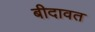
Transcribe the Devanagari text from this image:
बीदावत